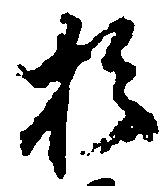
於